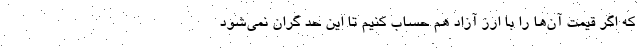
که اگر قیمت آن‌ها را با ارز آزاد هم حساب کنیم تا این حد گران نمی‌شود